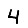
Digit: 4